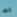
به